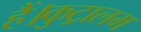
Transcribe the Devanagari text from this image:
हैं।कुट्रालम